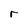
Character: r